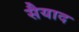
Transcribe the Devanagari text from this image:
सैयाद